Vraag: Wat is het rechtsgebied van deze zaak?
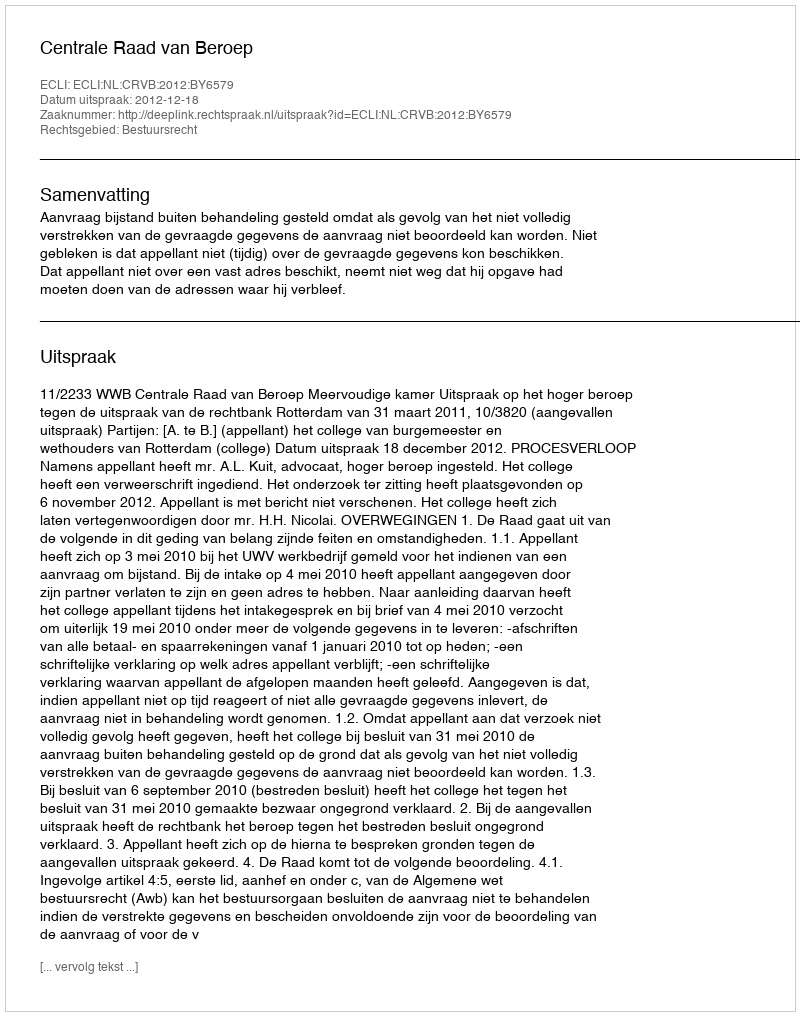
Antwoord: Bestuursrecht